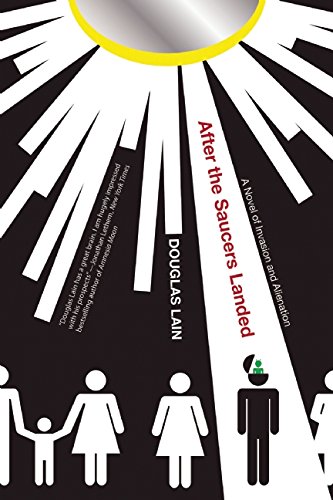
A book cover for After the Saucers Landed; Douglas Lain; Science Fiction & Fantasy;